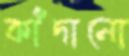
কাঁদানো